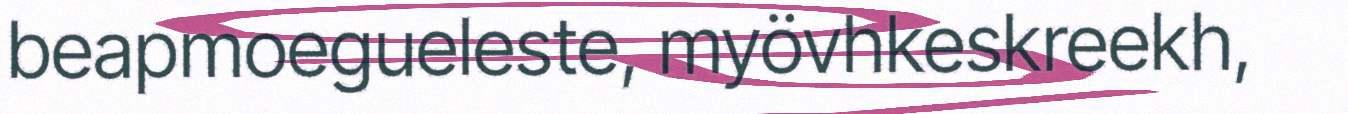
beapmoegueleste, myövhkeskreekh,